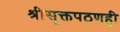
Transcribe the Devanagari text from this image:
श्रीसूक्तपठणही